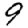
Digit: 9